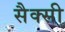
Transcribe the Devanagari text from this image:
सैक्सी